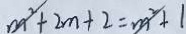
m ^ { 2 } + 2 m + 2 = m ^ { 2 } + 1